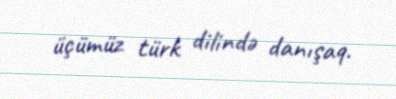
üçümüz türk dilində danışaq.